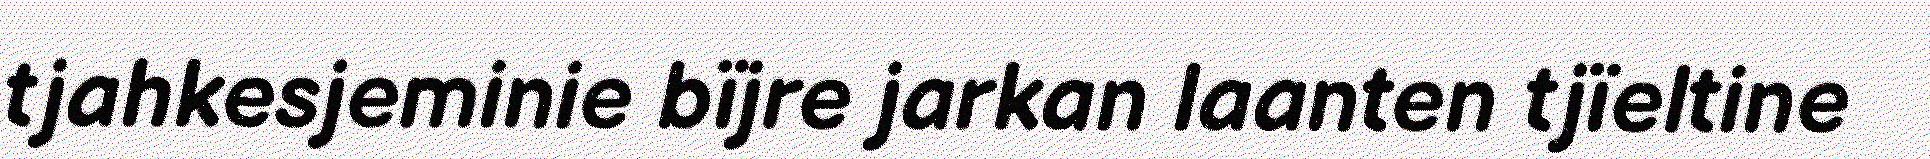
tjahkesjeminie bïjre jarkan laanten tjïeltine